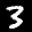
Label: 3